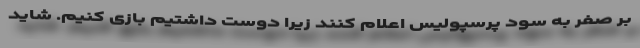
بر صفر به سود پرسپولیس اعلام کنند زیرا دوست داشتیم بازی کنیم. شاید